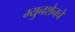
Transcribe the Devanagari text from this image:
म्युनशेनचे